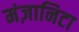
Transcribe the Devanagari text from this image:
मंज़ानिटा